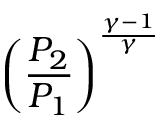
\left( { \frac { P _ { 2 } } { P _ { 1 } } } \right) ^ { \frac { \gamma - 1 } { \gamma } }